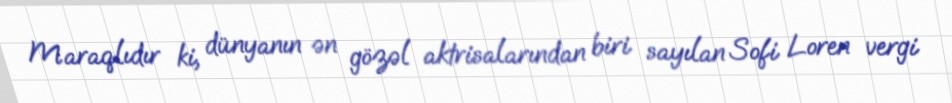
Maraqlıdır ki, dünyanın ən gözəl aktrisalarından biri sayılan Sofi Loren vergi